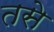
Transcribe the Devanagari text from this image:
तसेे